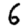
Digit: 6